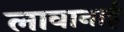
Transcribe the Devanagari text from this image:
लावानाई